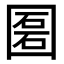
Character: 𡈔